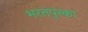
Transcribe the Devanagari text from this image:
भरतपुरका